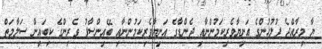
ޔާ މިރާއްޖެ ފުލުހުންގެ އަނިޔާވެރިކަމުންނާއި ޖެންޑާގެ އަނިޔާވެރިކަމުންނާއި ބޭއިންސާފު ވެރިންގެ ކިބައިން ސަލާމަތް